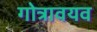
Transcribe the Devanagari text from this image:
गोत्रावयव